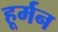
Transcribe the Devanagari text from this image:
हूर्मन